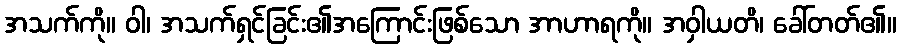
အသက်ကို။ ဝါ၊ အသက်ရှင်ခြင်း၏အကြောင်းဖြစ်သော အာဟာရကို။ အဝှါယတိ၊ ခေါ်တတ်၏။